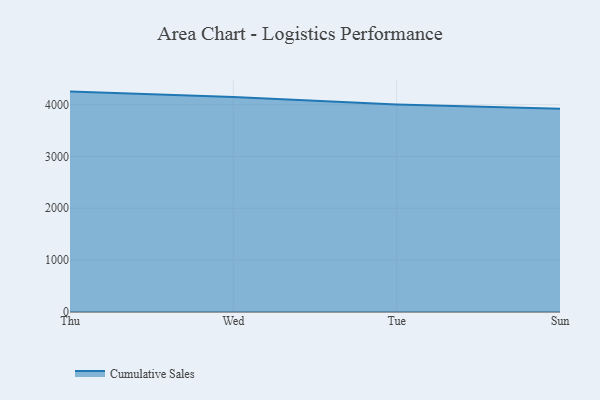
{"axis": {"x": "Day", "y": "Tickets Resolved"}, "legend": ["Cumulative Sales"], "data": [{"x": "Thu", "y": 4250.4, "type": "Cumulative Sales"}, {"x": "Wed", "y": 4146.8, "type": "Cumulative Sales"}, {"x": "Tue", "y": 4003.2, "type": "Cumulative Sales"}, {"x": "Sun", "y": 3918.3, "type": "Cumulative Sales"}]}